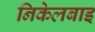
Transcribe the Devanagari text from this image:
निकेलबाइ